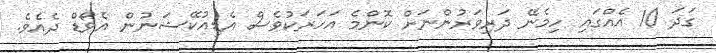
ގަދަ 10 އެއްގައި ހިމެނޭ ދަރިވަރުންނަށް ކޮންމެ އަހަރަކުވެސް އެޑިއުކޭޝަނުން އެވޯޑް ދެއެވެ.